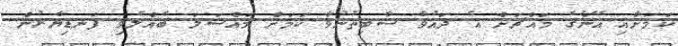
ކަމަށާއި އޭނާގެ މައްޗަށް އެ ދައުވާ ސާބިތުނުވާ ކަމަށް މައްސަލަ ބެއްލެވި ފަނޑިޔާރުން